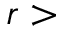
r >